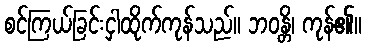
စင်ကြယ်ခြင်းငှါထိုက်ကုန်သည်။ ဘဝန္တိ၊ ကုန်၏။